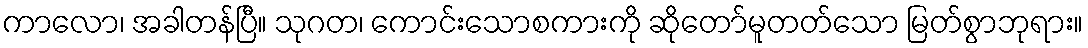
ကာလော၊ အခါတန်ပြီ။ သုဂတ၊ ကောင်းသောစကားကို ဆိုတော်မူတတ်သော မြတ်စွာဘုရား။